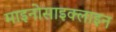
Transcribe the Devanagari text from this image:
माइनोसाइक्लाइन